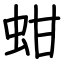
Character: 蚶